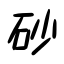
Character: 砂